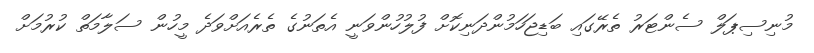
މުނިސިޕަލް ސެންޓަރު ތެރޭގައި ބަޑިޖަހަމުންދަނިކޮށް ފުލުހުންވަނީ އެތަނުގެ ތެރެއަށްވަދެ މީހުން ސަލާމަތް ކުރުމަށް